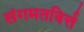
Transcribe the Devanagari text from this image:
संगमतविर्त्त